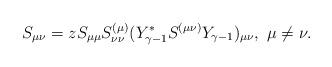
LaTeX: \begin{align*} S_{\mu \nu}=zS_{\mu \mu} S_{\nu \nu}^{(\mu)}(Y_{\gamma-1}^* S^{(\mu \nu)} Y_{\gamma-1})_{\mu \nu}, \ \mu \neq \nu.\end{align*}